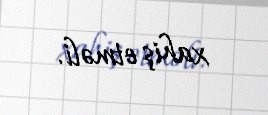
xahiş etməli.